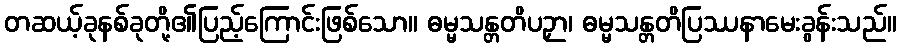
တဆယ့်ခုနစ်ခုတို့၏ပြည့်ကြောင်းဖြစ်သော။ ဓမ္မသန္တတိပဉှာ၊ ဓမ္မသန္တတိပြဿနာမေးခွန်းသည်။